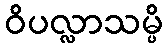
ဝိပလ္လာသမ္ပိ